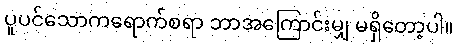
ပူပင်သောကရောက်စရာ ဘာအကြောင်းမျှ မရှိတော့ပါ။